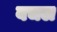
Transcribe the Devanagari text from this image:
बचल